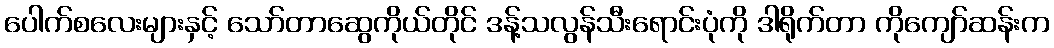
ပေါက်စလေးများနှင့် သော်တာဆွေကိုယ်တိုင် ဒန့်သလွန်သီးရောင်းပုံကို ဒါရိုက်တာ ကိုကျော်ဆန်းက